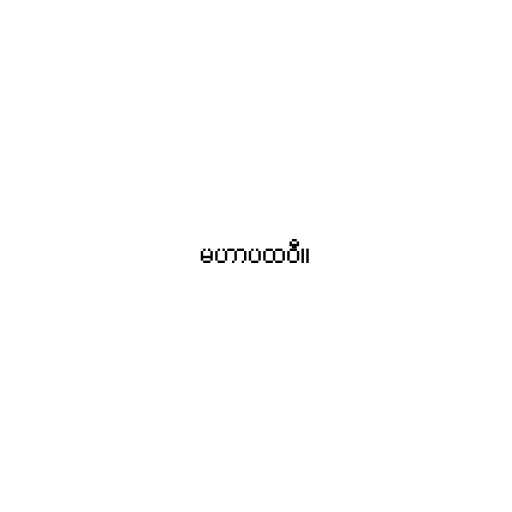
မဟာပထဝီ။